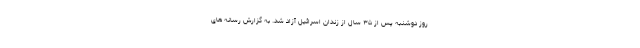
روز دوشنبه پس از ۳۵ سال از زندان اسرائیل آزاد شد. به گزارش رسانه های